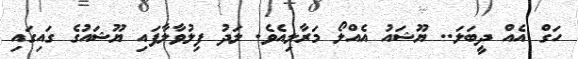
ހަގް އެއް ދީބަލަ.. ޔޫޝައު އެއްލޯ މަރާލިއެވެ. ލަދު ފިލުވާލާފައި ޔޫޝައުގެ ގައިގައި